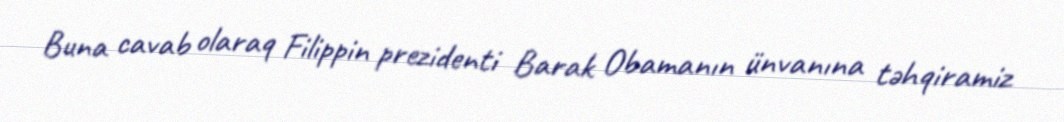
Buna cavab olaraq Filippin prezidenti Barak Obamanın ünvanına təhqiramiz